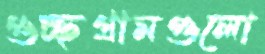
গুচ্ছগ্রামগুলো